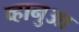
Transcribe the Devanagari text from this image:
व्हानुआ